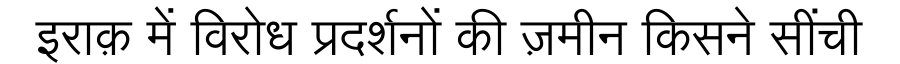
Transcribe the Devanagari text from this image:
इराक़ में विरोध प्रदर्शनों की ज़मीन किसने सींची